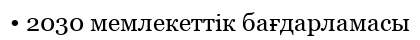
• 2030 мемлекеттік бағдарламасы